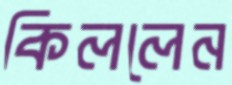
কিললেন